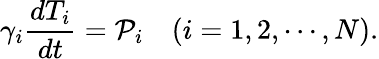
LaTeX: \gamma_{i}\frac{dT_{i}}{dt}=\mathcal{P}_{i}~~~~(i=1,2,\cdots,N).